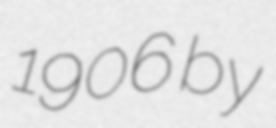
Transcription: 1906 by